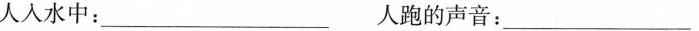
人人水中：___ 人跑的声音：___